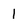
Character: 1